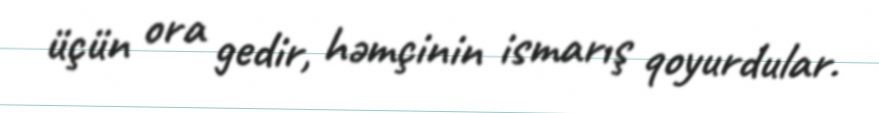
üçün ora gedir, həmçinin ismarış qoyurdular.